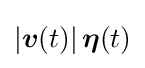
\left|{\boldsymbol {v}}(t)\right|{\boldsymbol {\eta }}(t)